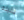
تقبله